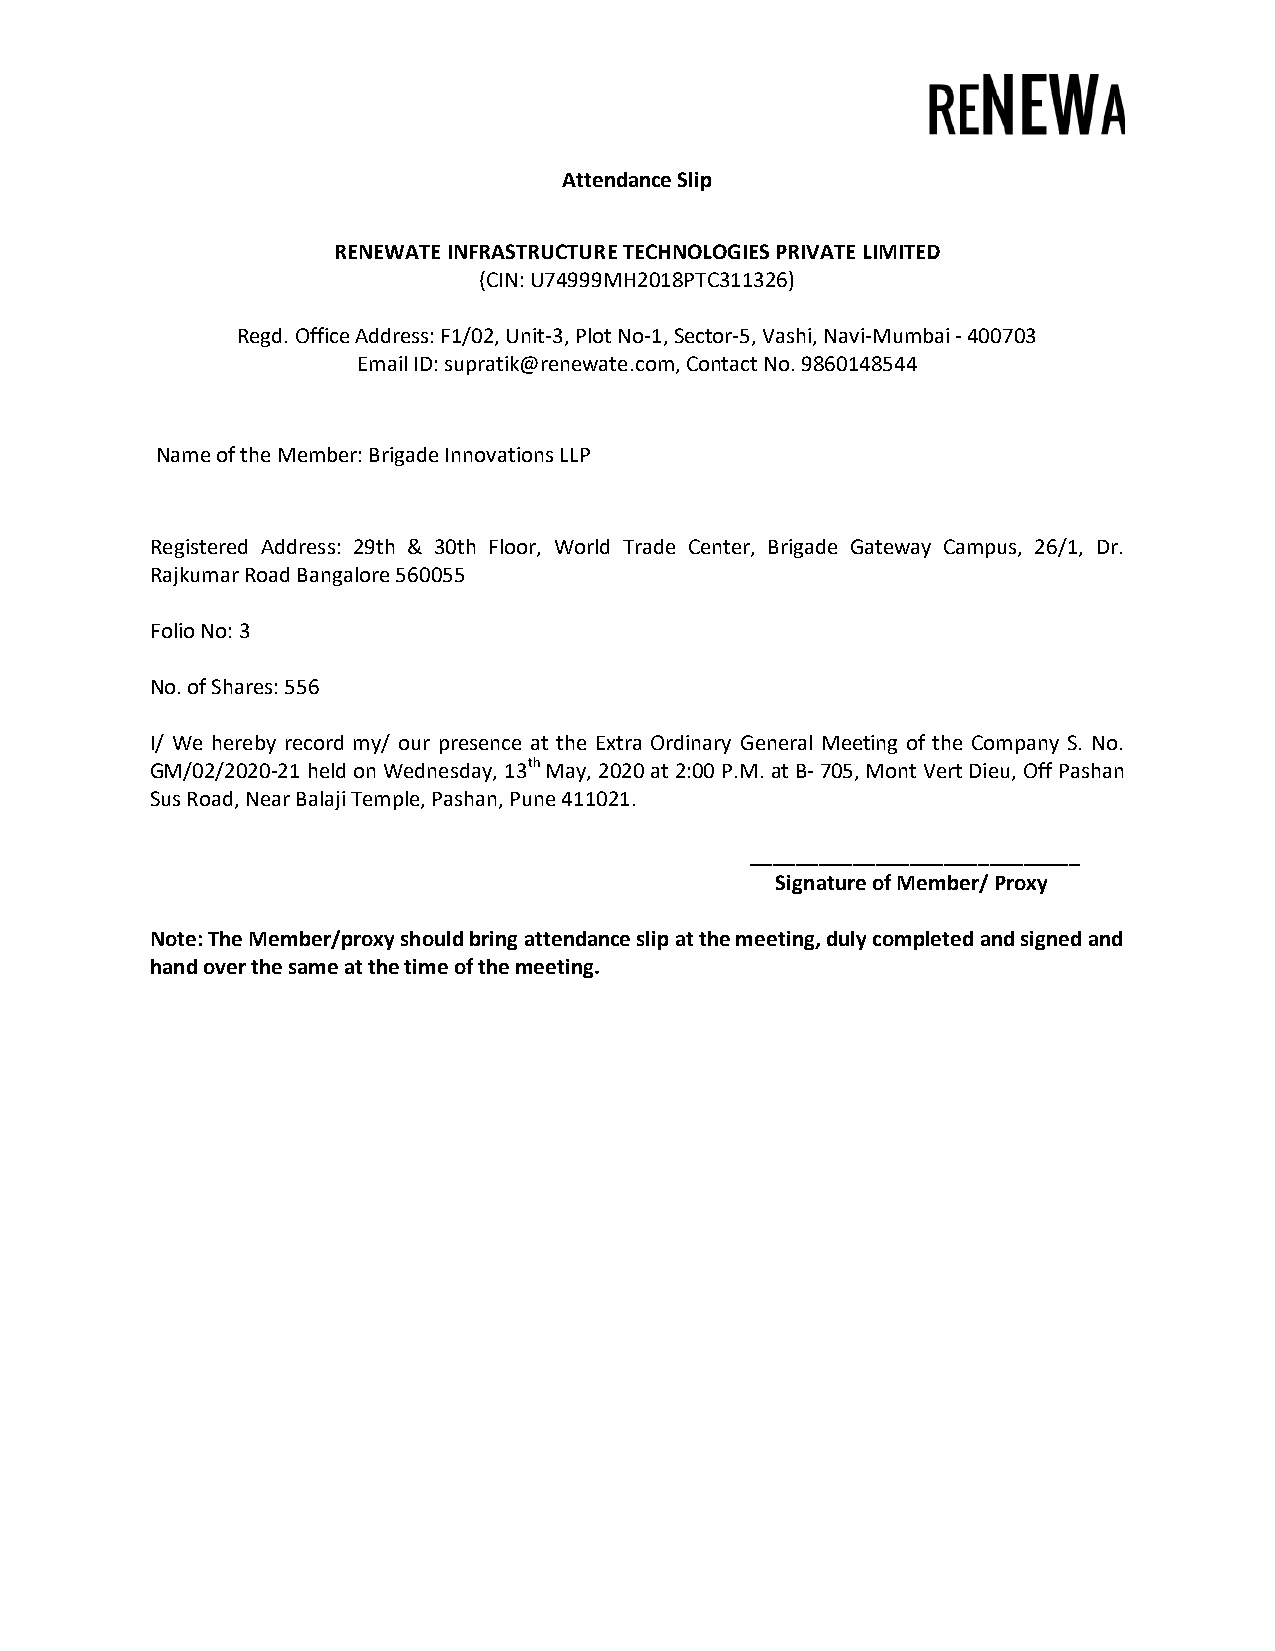
Attendance Slip
 RENEWATE INFRASTRUCTURE TECHNOLOGIES PRIVATE LIMITED
 (CIN: U74999MH2018PTC311326)
 Regd. Office Address: F1/02, Unit-3, Plot No-1, Sector-5, Vashi, Navi-Mumbai - 400703
 Email ID: supratik@renewate.com, Contact No. 9860148544
 Name of the Member: Brigade Innovations LLP
 Registered Address: 29th & 30th Floor, World Trade Center, Brigade Gateway Campus, 26/1, Dr.
 Rajkumar Road Bangalore 560055
 Folio No: 3
 No. of Shares: 556
 I/ We hereby record my/ our presence at the Extra Ordinary General Meeting of the Company S. No.
 GM/02/2020-21 held on Wednesday, 13th May, 2020 at 2:00 P.M. at B- 705, Mont Vert Dieu, Off Pashan
 Sus Road, Near Balaji Temple, Pashan, Pune 411021.
 _____________________________
 Signature of Member/ Proxy
 Note: The Member/proxy should bring attendance slip at the meeting, duly completed and signed and
 hand over the same at the time of the meeting.